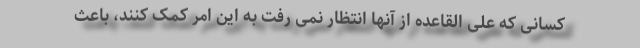
کسانی که علی القاعده از آنها انتظار نمی رفت به این امر کمک کنند، باعث